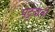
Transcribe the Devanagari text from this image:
पट्टयांनी